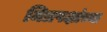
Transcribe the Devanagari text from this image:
मित्रपक्षांच्या